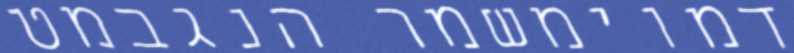
דמוימשמר הנגבמט